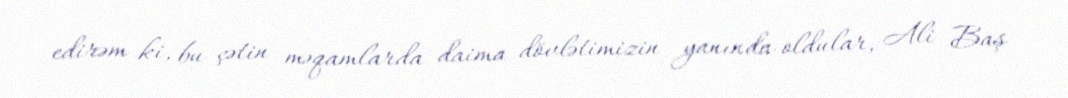
edirəm ki, bu çətin məqamlarda daima dövlətimizin yanında oldular, Ali Baş